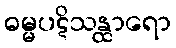
ဓမ္မပဋိသန္ထာရော